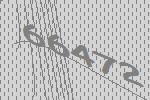
66472